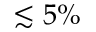
\lesssim 5 \%